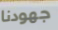
جهودنا